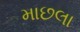
માછલા